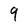
Character: 9